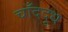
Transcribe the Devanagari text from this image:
चाँददूध